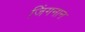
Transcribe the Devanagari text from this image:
जिंगनान